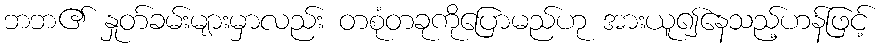
ဘဘ၏ နှုတ်ခမ်းများမှာလည်း တစုံတခုကိုပြောမည်ဟု အားယူ၍နေသည့်ဟန်ဖြင့်